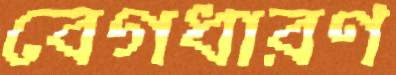
বেগধারণ